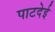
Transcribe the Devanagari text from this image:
पाटदेई